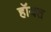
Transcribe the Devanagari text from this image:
हॉयत